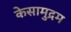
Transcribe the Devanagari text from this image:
केसामुद्रम